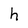
Character: h